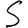
Digit: 5